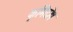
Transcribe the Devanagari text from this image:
कृमिदोष